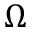
\Omega